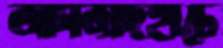
আমজাদহাটে